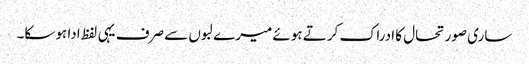
ساری صورتحال کا ادراک کرتے ہوئے میرے لبوں سے صرف یہی لفظ ادا ہوسکا۔